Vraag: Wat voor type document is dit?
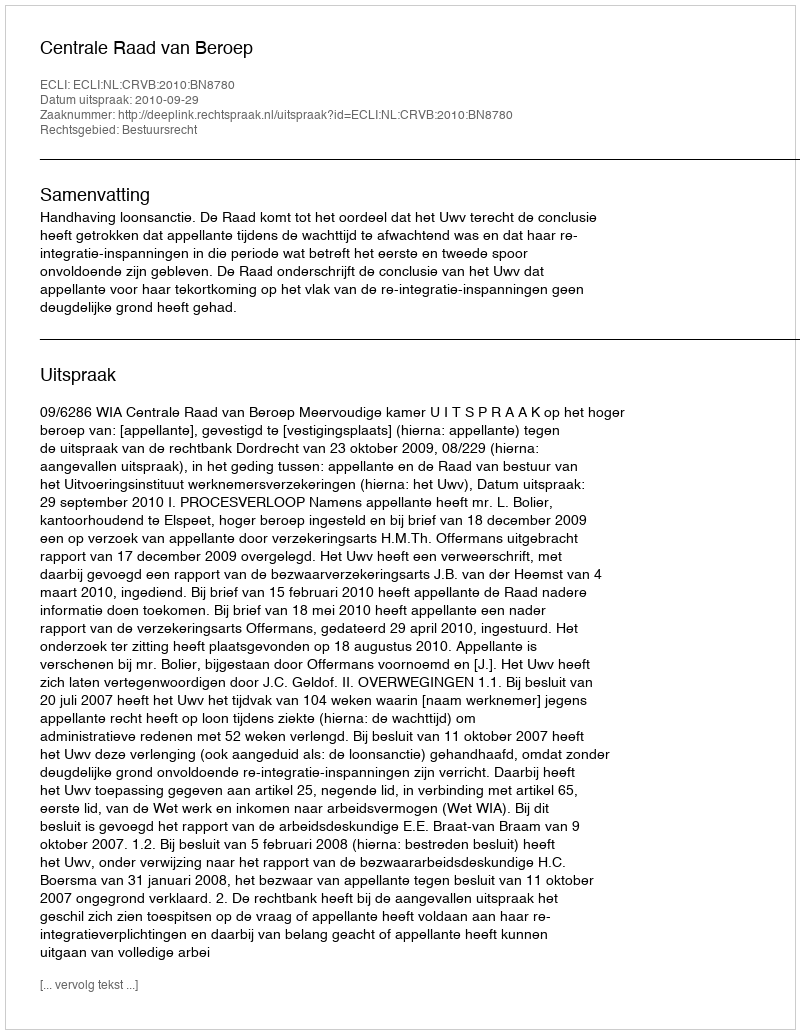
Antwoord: Uitspraak